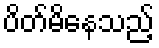
ပိတ်မိနေသည့်